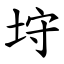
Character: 垨